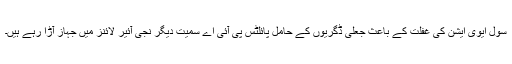
سول ایوی ایشن کی غفلت کے باعث جعلی ڈگریوں کے حامل پائلٹس پی آئی اے سمیت دیگر نجی آئیر لائنز میں جہاز آڑا رہے ہیں۔